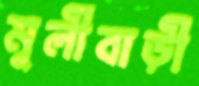
মূলীবাড়ী